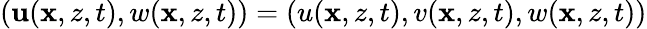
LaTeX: (\mathbf{u}(\mathbf{x},z,t),w(\mathbf{x},z,t))=(u(\mathbf{x},z,t),v(\mathbf{x},z,t),w(\mathbf{x},z,t))